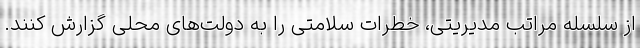
از سلسله مراتب مدیریتی، خطرات سلامتی را به دولت‌های محلی گزارش کنند.